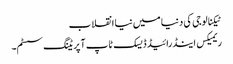
ٹیکنالوجی کی دنیا میں نیا انقلاب
ریمیکس اینڈرائیڈ ڈیسک ٹاپ آپریٹنگ سسٹم۔